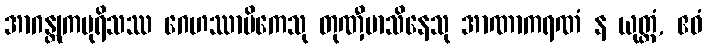
အာဂန္တုကပုရိသဿ ဂေဟဿာမိကေသု တုဏှီမာသိနေသု အာဏာကရဏံ န ယုတ္တံ, ဧဝံ